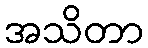
အသိတာ